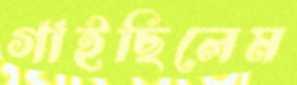
গাইছিলেম